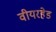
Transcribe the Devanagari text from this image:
वीयरहेड